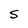
Character: S